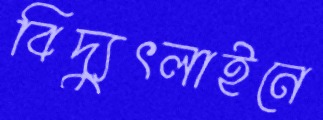
বিদ্যুৎলাইনে